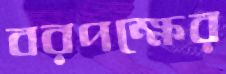
বরপক্ষের